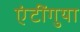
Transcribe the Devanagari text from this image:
एंटींगुया